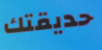
حديقتك